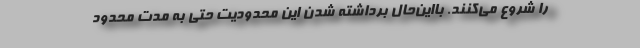
را شروع می‌کنند. بااین‌حال برداشته شدن این محدودیت حتی به مدت محدود